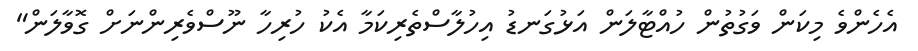
އެހެންވެ މިކަން ވަގުތުން ހުއްޓާލަން އަޅުގަނޑު އިހުލާސްތެރިކަމާ އެކު ހުރިހާ ނޫސްވެރިންނަށް ގޮވާލަން"